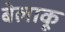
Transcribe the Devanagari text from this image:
बेलाकू